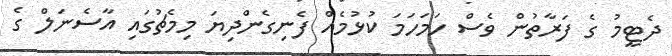
ދެޓީމު ގެ ފަރާތުން ވެސް ހަމަހަމަ ކުޅުމެއް ފެނިގެންދިޔަ މިމެޗުގައި އާސެނަލް ގެ